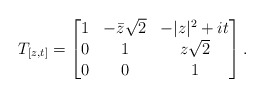
\begin{align*} T_{[z,t]}=\begin{bmatrix} 1 & -\bar z\sqrt{2} & -|z|^2+it\\ 0 & 1 & z\sqrt{2}\\ 0 & 0 & 1 \end{bmatrix}.\end{align*}